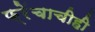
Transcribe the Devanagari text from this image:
फ्रेंचाचीही